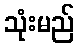
သုံးမည်